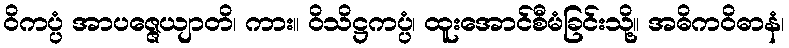
ဝိကပ္ပံ အာပဇ္ဇေယျာတိ၊ ကား။ ဝိသိဋ္ဌကပ္ပံ၊ ထူးအောင်စီမံခြင်းသို့။ အဓိကဝိဓာနံ၊